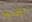
الجنية